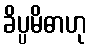
ခိပ္ပမိဓာဟု